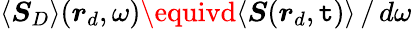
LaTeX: \langle\boldsymbol{S}_{D}\rangle(\boldsymbol{r}_{d},\omega)\equivd\langle\boldsymbol{S}(\boldsymbol{r}_{d},\mathtt{t})\rangle\, /\, d\omega